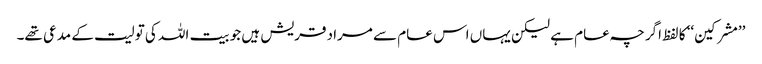
’’مشرکین‘‘ کا لفظ اگرچہ عام ہے لیکن یہاں اس عام سے مراد قریش ہیں جو بیت اللہ کی تولیت کے مدعی تھے۔